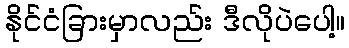
နိုင်ငံခြားမှာလည်း ဒီလိုပဲပေါ့။